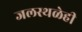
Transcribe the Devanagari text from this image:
जलस्थळेही